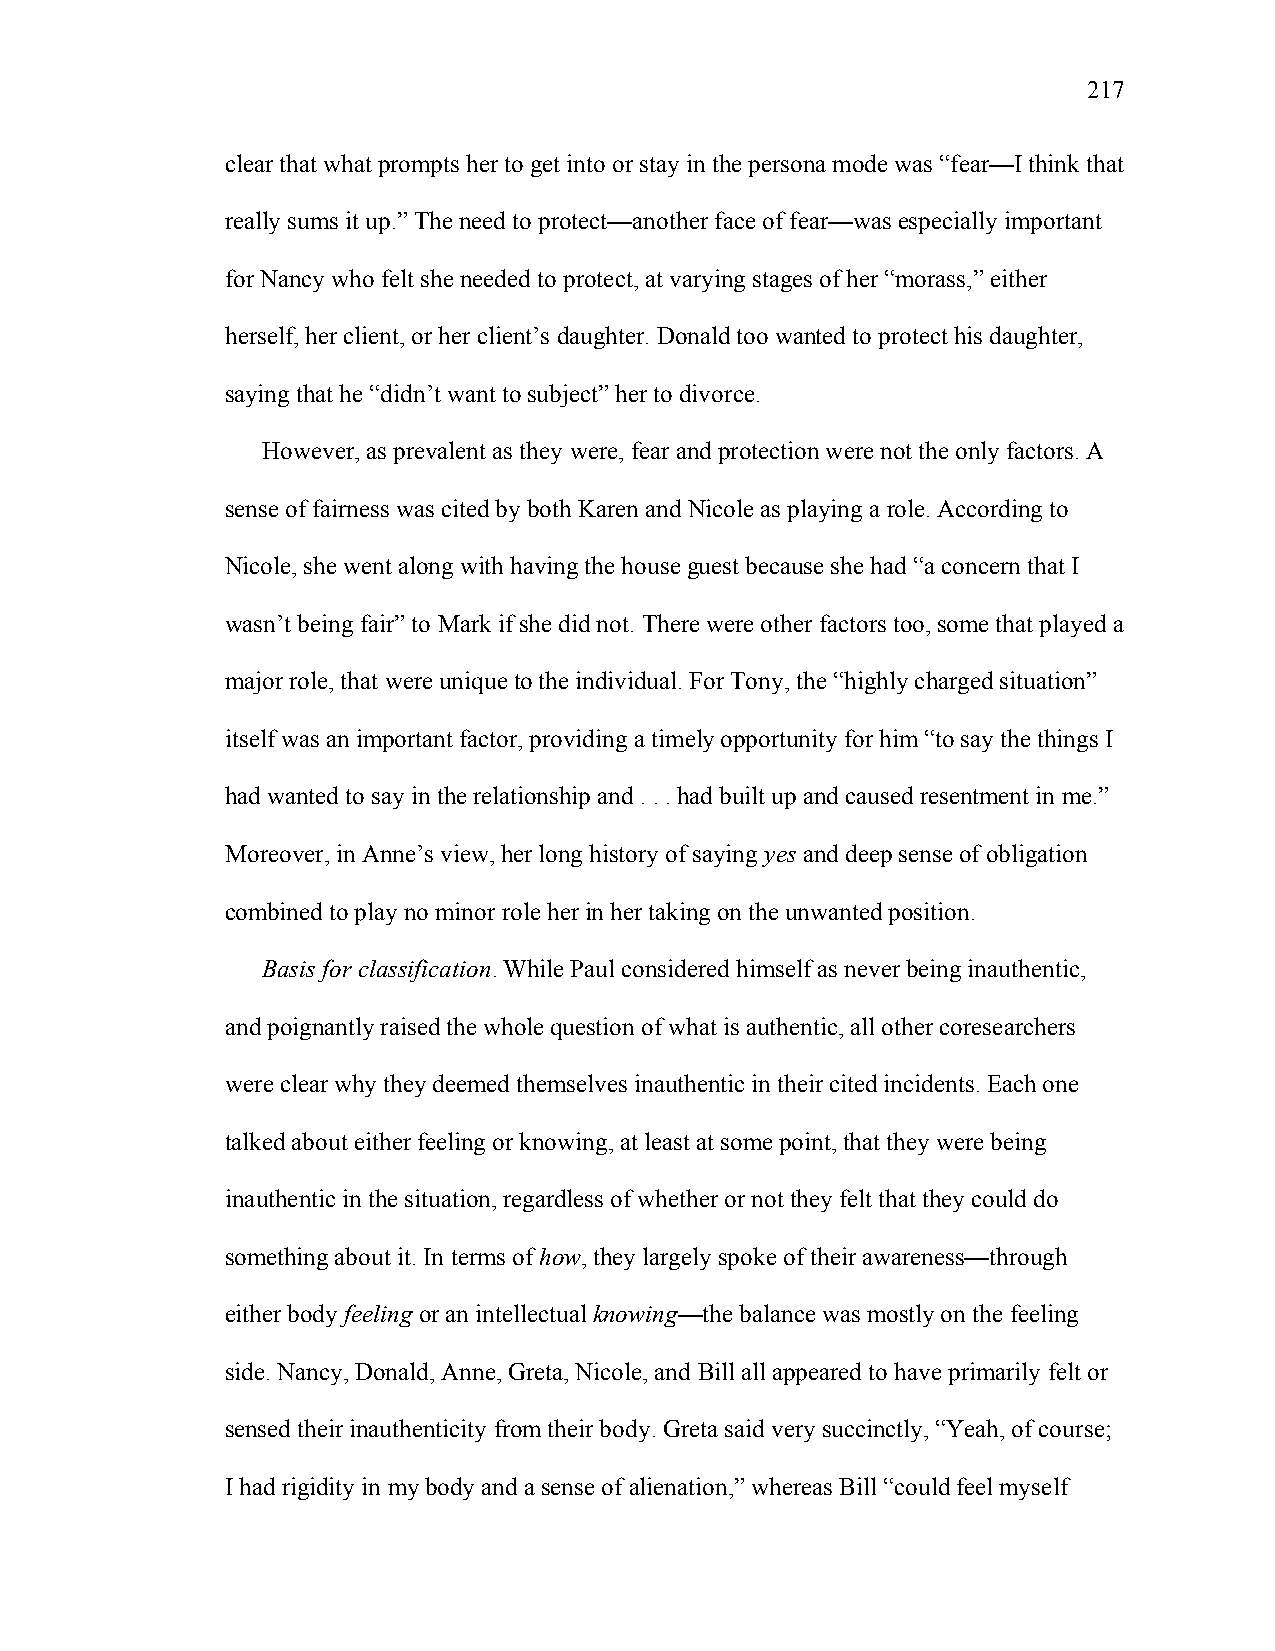
217
 clear that what prompts her to get into or stay in the persona mode was “fear—I think that
 really sums it up.” The need to protect—another face of fear—was especially important
 for Nancy who felt she needed to protect, at varying stages of her “morass,” either
 herself, her client, or her client’s daughter. Donald too wanted to protect his daughter,
 saying that he “didn’t want to subject” her to divorce.
 However, as prevalent as they were, fear and protection were not the only factors. A
 sense of fairness was cited by both Karen and Nicole as playing a role. According to
 Nicole, she went along with having the house guest because she had “a concern that I
 wasn’t being fair” to Mark if she did not. There were other factors too, some that played a
 major role, that were unique to the individual. For Tony, the “highly charged situation”
 itself was an important factor, providing a timely opportunity for him “to say the things I
 had wanted to say in the relationship and . . . had built up and caused resentment in me.”
 Moreover, in Anne’s view, her long history of saying yes and deep sense of obligation
 combined to play no minor role her in her taking on the unwanted position.
 Basis for classification. While Paul considered himself as never being inauthentic,
 and poignantly raised the whole question of what is authentic, all other coresearchers
 were clear why they deemed themselves inauthentic in their cited incidents. Each one
 talked about either feeling or knowing, at least at some point, that they were being
 inauthentic in the situation, regardless of whether or not they felt that they could do
 something about it. In terms of how, they largely spoke of their awareness—through
 either body feeling or an intellectual knowing—the balance was mostly on the feeling
 side. Nancy, Donald, Anne, Greta, Nicole, and Bill all appeared to have primarily felt or
 sensed their inauthenticity from their body. Greta said very succinctly, “Yeah, of course;
 I had rigidity in my body and a sense of alienation,” whereas Bill “could feel myself